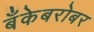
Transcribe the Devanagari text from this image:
बँकेबरोबर